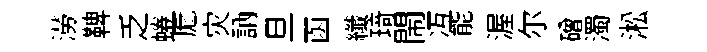
澇鞞乏蜷厖灾訥旦函纖𤦺閙冱能渥尓磳濁淞